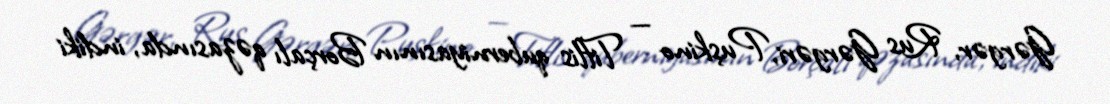
Gərgər, Rus Gərgəri, Puşkino — Tiflis quberniyasının Borçalı qəzasında, indiki